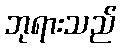
ဘုရားသည်